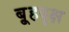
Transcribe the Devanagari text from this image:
बृ्हदृक्ष